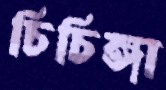
চিচিঙ্গা